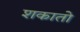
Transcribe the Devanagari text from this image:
शकातो